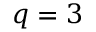
q = 3